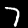
Label: 7